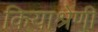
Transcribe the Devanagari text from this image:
कियाश्रेणी